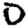
Digit: 0